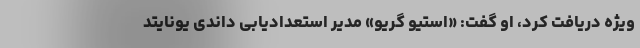
ویژه دریافت کرد، او گفت: «استیو گریو» مدیر استعدادیابی داندی یونایتد